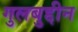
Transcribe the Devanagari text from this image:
गुलबुद्दीन